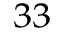
^ { 3 3 }